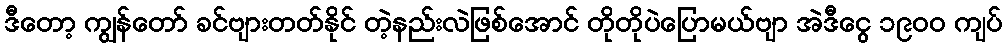
ဒီတော့ ကျွန်တော် ခင်ဗျားတတ်နိုင် တဲ့နည်းလဲဖြစ်အောင် တိုတိုပဲပြောမယ်ဗျာ အဲဒီငွေ ၁၉၀၀ ကျပ်